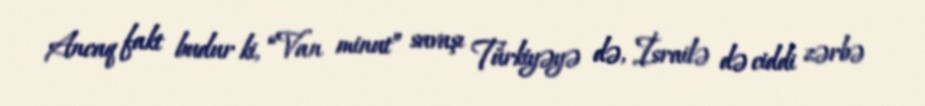
Ancaq fakt budur ki, “Van minut” savaşı Türkiyəyə də, İsrailə də ciddi zərbə